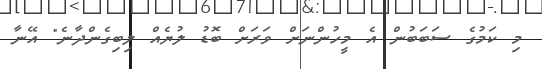
މި ކަމުގެ ސަބަބުން އެ މީހުންނަށް ވަރަށް ބޮޑު ލުޔެއް ލިބިގެންދާނެ" އޭނާ